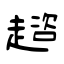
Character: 趦